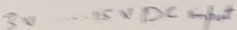
Text: 3V.....15V DC input